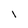
Character: 1